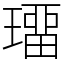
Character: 璢